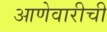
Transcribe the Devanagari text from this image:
आणेवारीची